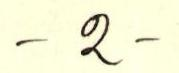
- 2 -